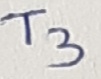
Text: T3